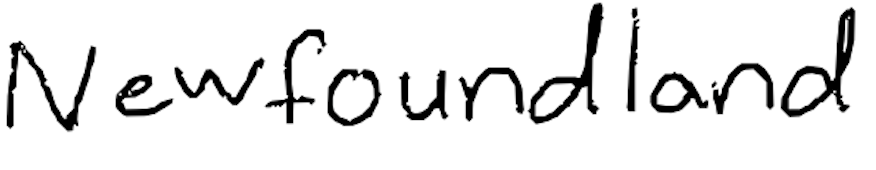
Text: Newfoundland
Cross-out: clean
Writing tool: digital_black